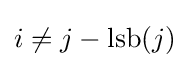
i\neq j-\operatorname {lsb} (j)